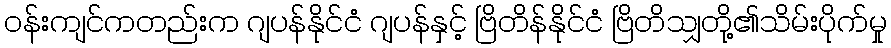
ဝန်းကျင်ကတည်းက ဂျပန်နိုင်ငံ ဂျပန်နှင့် ဗြိတိန်နိုင်ငံ ဗြိတိသျှတို့၏သိမ်းပိုက်မှု